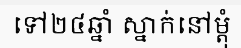
ទៅ២៤ឆ្នាំ ស្នាក់នៅម្តុំ